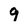
Character: 9